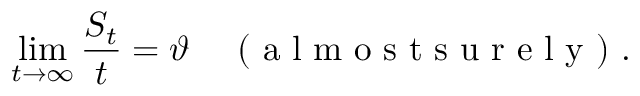
\operatorname* { l i m } _ { t \to \infty } \frac { S _ { t } } { t } = \vartheta \quad \mathrm { ~ ( ~ a ~ l ~ m ~ o ~ s ~ t ~ s ~ u ~ r ~ e ~ l ~ y ~ ) ~ } .